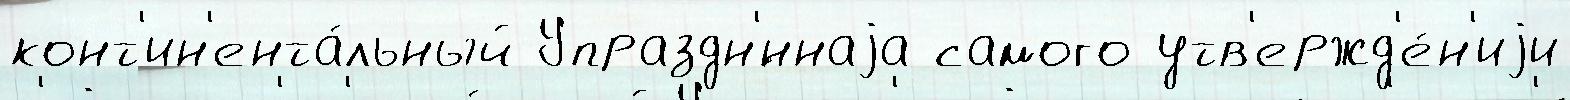
конт'ин'ента́льный Упраздн'́ннаjа самого утв'ержд'е́н'иjи